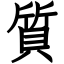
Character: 質